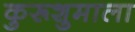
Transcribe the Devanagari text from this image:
कुरूशुमाला